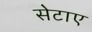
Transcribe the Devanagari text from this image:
सेटाए